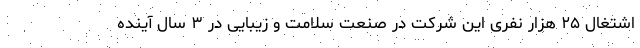
اشتغال ۲۵ هزار نفری این شرکت در صنعت سلامت و زیبایی در ۳ سال آینده